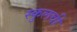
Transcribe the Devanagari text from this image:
स्कुलची